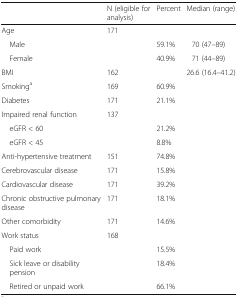
<table><thead><tr><td></td><td><b>N (eligible for analysis)</b></td><td><b>Percent</b></td><td><b>Median (range)</b></td></tr></thead><tbody><tr><td>Age</td><td>171</td><td></td><td></td></tr><tr><td> Male</td><td></td><td>59.1%</td><td>70 (47–89)</td></tr><tr><td> Female</td><td></td><td>40.9%</td><td>71 (44–89)</td></tr><tr><td>BMI</td><td>162</td><td></td><td>26.6 (16.4–41.2)</td></tr><tr><td>Smoking<sup>a</sup></td><td>169</td><td>60.9%</td><td></td></tr><tr><td>Diabetes</td><td>171</td><td>21.1%</td><td></td></tr><tr><td>Impaired renal function</td><td>137</td><td></td><td></td></tr><tr><td> eGFR &lt; 60</td><td></td><td>21.2%</td><td></td></tr><tr><td> eGFR &lt; 45</td><td></td><td>8.8%</td><td></td></tr><tr><td>Anti-hypertensive treatment</td><td>151</td><td>74.8%</td><td></td></tr><tr><td>Cerebrovascular disease</td><td>171</td><td>15.8%</td><td></td></tr><tr><td>Cardiovascular disease</td><td>171</td><td>39.2%</td><td></td></tr><tr><td>Chronic obstructive pulmonary disease</td><td>171</td><td>18.1%</td><td></td></tr><tr><td>Other comorbidity</td><td>171</td><td>14.6%</td><td></td></tr><tr><td>Work status</td><td>168</td><td></td><td></td></tr><tr><td> Paid work</td><td></td><td>15.5%</td><td></td></tr><tr><td> Sick leave or disability pension</td><td></td><td>18.4%</td><td></td></tr><tr><td> Retired or unpaid work</td><td></td><td>66.1%</td><td></td></tr></tbody></table>